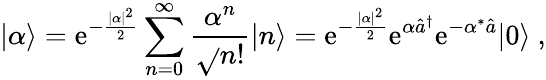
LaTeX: |\alpha\rangle=\mathrm{e}^{-{\frac{{|\alpha|^{2}}}{{2}}}}\sum_{n=0}^{\infty}{\frac{{\alpha^{n}}}{{\sqrt{}{{n!}}}}}|n\rangle=\mathrm{e}^{-{\frac{{|\alpha|^{2}}}{{2}}}}\mathrm{e}^{\alpha{\hat{{a}}}^{\dagger}}\mathrm{e}^{-{\alpha^{*}{\hat{{a}}}}}|0\rangle~,